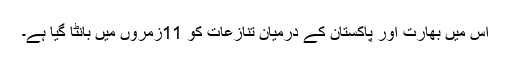
اس میں بھارت اور پاکستان کے درمیان تنازعات کو 11زمروں میں بانٹا گیا ہے۔